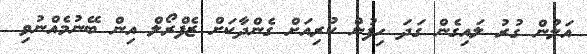
އަލުން ގުރު ލައިގެން ގަދަ ހިފުން ކުރިއަށް ގެންދާކަށް ޒެފްރޯލް އިން ބޭނުމެއްނުވި